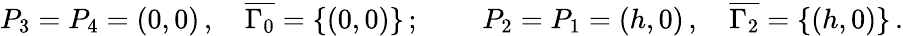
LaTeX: \begin{array}{r}{P_{3}=P_{4}=(0,0)\, ,\quad\overline{{\Gamma_{0}}}=\{ (0,0)\} \, ;\qquad\, P_{2}=P_{1}=(h,0)\, ,\quad\overline{{\Gamma_{2}}}=\{ (h,0)\} \, .}\end{array}